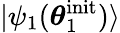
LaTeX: |\psi_{1}(\boldsymbol{\theta}_{1}^{\mathrm{init}})\rangle